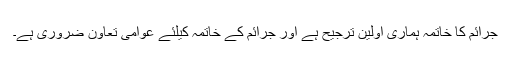
جرائم کا خاتمہ ہماری اولین ترجیح ہے اور جرائم کے خاتمہ کیلئے عوامی تعاون ضروری ہے۔